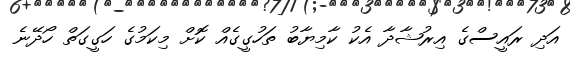
އަދި ރައީސްގެ އިރުޝާދާ އެކު ކާމިޔާބު ތަހުގީގެއް ކޮށް މިކަމުގެ ހަގީގަތް ހޯދޭނެ